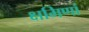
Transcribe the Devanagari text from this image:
क्षमिणां